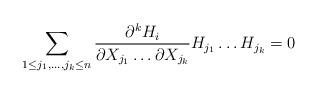
LaTeX: \begin{align*} \sum_{1\leq j_1,\dots,j_k \leq n} \dfrac {\partial^k H_i}{\partial X_{j_1} \dots \partial X_{j_k}}H_{j_1} \dots H_{j_k}=0\end{align*}